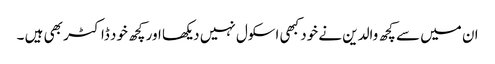
ان میں سے کچھ والدین نے خود کبھی اسکول نہیں دیکھا اور کچھ خود ڈاکٹر بھی ہیں ۔